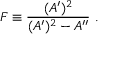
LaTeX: F \equiv { \frac { ( A ^ { \prime } ) ^ { 2 } } { ( A ^ { \prime } ) ^ { 2 } - A ^ { \prime \prime } } } ~ .